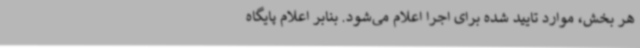
هر بخش، موارد تایید شده برای اجرا اعلام می‌شود. بنابر اعلام پایگاه